Report of the Hyderabad Chloroform Commission
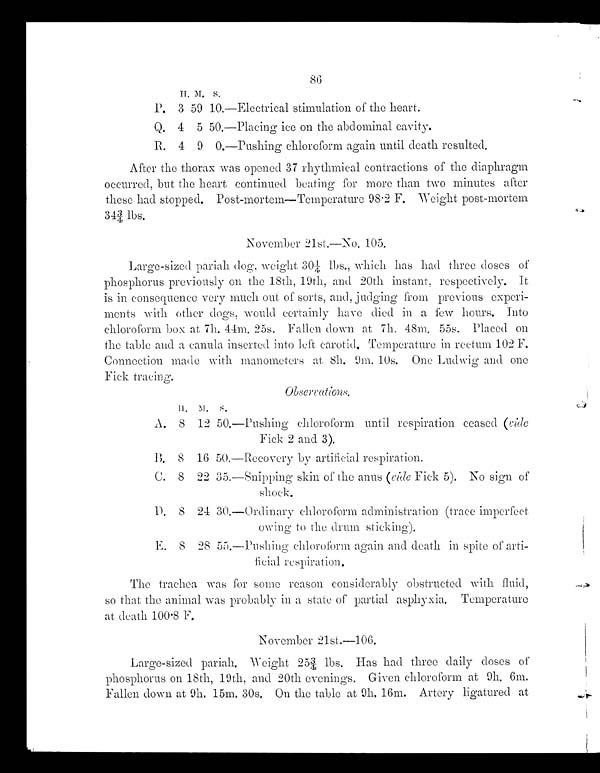
86
H . M . S .
P. 3 59 10.—Electrical stimulation of the heart.
Q. 4 5 50.—Placing ice on the abdominal cavity.
R. 4 9 0.—Pushing chloroform again until death resulted.
After the thorax was opened 37 rhythmical contractions of the diaphragm
occurred, but the heart continued beating for more than two minutes after
these had stopped. Post-mortem—Temperature 98.2 F. Weight post-mortem
343/4 lbs.
November 21st.— No. 105.
Large-sized pariah dog. weight 301/4 lbs., which has had three doses of
phosphorus previously on the 18th, 19th, and 20th instant, respectively. It
is in consequence very much out of sorts, and, judging from previous experi-
ments with other dogs, would certainly have died in a few hours. Into
chloroform box at 7h. 44m. 25s. Fallen down at 7h. 48m. 55s. Placed on
the table and a canula inserted into left carotid. Temperature in rectum 102 F.
Connection made with manometers at 8h. 9m. 10s. One Ludwig and one
Fick tracing.
O b s e r v a t i o n s .
H . M . S
.
A. 8 12 50.—Pushing chloroform until respiration ceased
(cide
Fick 2 and 3).
B. 8 16 50.—Recovery by artificial respiration.
C. 8 22 35.—Snipping skin of the anus (ride Fick 5). No sign of
shock.
D.
8 24 30.—Ordinary chloroform administration (trace imperfect
owing to the drum sticking).
E. 8 28 55.—Pushing chloroform again and death in spite of arti-
ficial respiration.
The trachea was for some reason considerably obstructed with fluid,
so that the animal was probably in a state of partial asphyxia. Temperature
at death 100.8 F.
November 21st.—106.
Large-sized pariah.Weight 253/4 lbs.Has had three daily doses of
phosphorus on 18th, 19th, and 20th evenings. Given chloroform at 9h. 6m.
Fallen down at 9h. 15m. 30s. On the table at 9h. 16m. Artery ligatured at